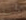
وأنا